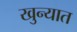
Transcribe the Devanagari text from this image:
खुन्यात